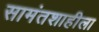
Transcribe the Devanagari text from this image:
सामंतशाहीला